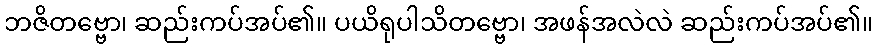
ဘဇိတဗ္ဗော၊ ဆည်းကပ်အပ်၏။ ပယိရုပါသိတဗ္ဗော၊ အဖန်အလဲလဲ ဆည်းကပ်အပ်၏။